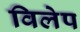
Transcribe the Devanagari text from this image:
विलेप